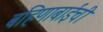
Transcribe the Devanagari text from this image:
बहिणाबाईची